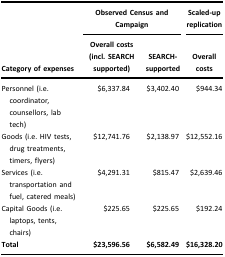
|  | <COLSPAN=2> Observed Census and Campaign | Scaled-up replication |
 | Category of expenses | Overall costs (incl. SEARCH supported) | SEARCH- supported | Overall costs |
 | --- | --- | --- | --- |
 | Personnel (i.e. coordinator, counsellors, lab tech) | $6,337.84 | $3,402.40 | $944.34 |
 | Goods (i.e. HIV tests, drug treatments, timers, flyers) | $12,741.76 | $2,138.97 | $12,552.16 |
 | Services (i.e. transportation and fuel, catered meals) | $4,291.31 | $815.47 | $2,639.46 |
 | Capital Goods (i.e. laptops, tents, chairs) | $225.65 | $225.65 | $192.24 |
 | Total | $23,596.56 | $6,582.49 | $16,328.20 |